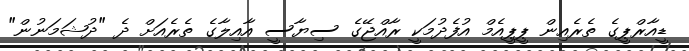
ޑީއާރްޕީގެ ތެރެއިން ޕީޕީއެމް އުފެދުމަކީ ރާއްޖޭގެ ސިޔާސީ އާއިލާގެ ތެރެއަށް ދެ "ދުޝަމަނުން"